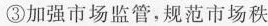
③加强市场监管，规范市场秩